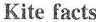
Kite facts